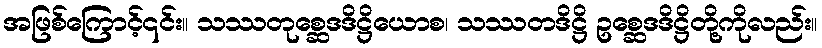
အဖြစ်ကြောင့်၎င်း။ သဿတုစ္ဆေဒဒိဋ္ဌိယောစ၊ သဿတဒိဋ္ဌိ ဥစ္ဆေဒဒိဋ္ဌိတို့ကိုလည်း။